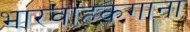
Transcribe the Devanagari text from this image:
भारवाहकगाना